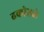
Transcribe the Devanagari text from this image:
ढकोसले